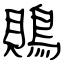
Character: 鵙